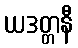
ယဒတ္တနီ